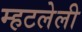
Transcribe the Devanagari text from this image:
म्हटलेली